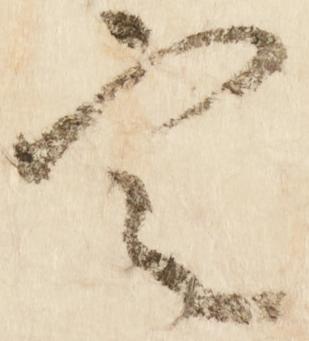
定